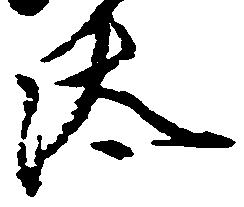
汰